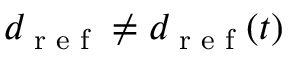
d _ { \textrm { r e f } } \neq d _ { \textrm { r e f } } ( t )